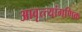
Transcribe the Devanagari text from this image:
आवृत्त्यांगणिक